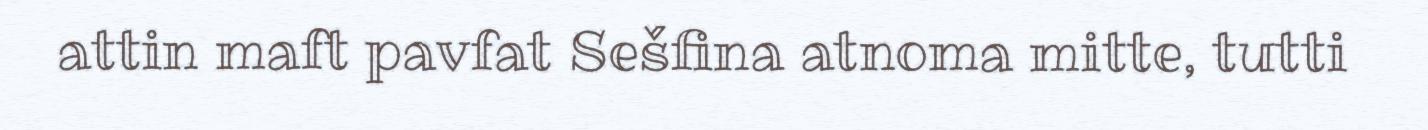
attin maft pavfat Sešfina atnoma mitte, tutti